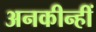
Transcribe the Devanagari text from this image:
अनकीन्‍हीं